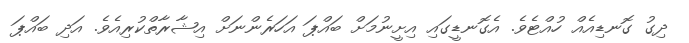
ދިގު ގޮނޑިއެއް ހުއްޓެވެ. އެގޮނޑީގައި އިށީނުމަށް ބައްޕަ އަހަރެންނަށް އިޝާރާތްކުރިއެވެ. އަދި ބައްޕަ